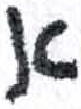
אות: א